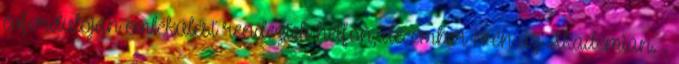
évfordulóján emlékülést rendeztek hétfőn, december 14-én az Akadémián. .